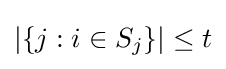
\vert \{j:i\in S_{j}\}\vert \leq t